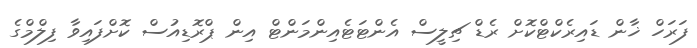
ފަރަހް ޚާން ޑައިރެކްޓްކޮށް ރެޑް ޗިލީސް އެންޓަޓެއިންމަންޓް އިން ޕްރޮޑިއުސް ކޮށްފައިވާ ފިލްމްގެ